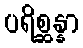
ပရိစ္ဆန္နာ